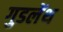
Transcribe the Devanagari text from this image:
गुडलेंथ